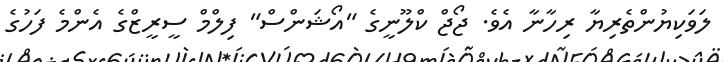
ލަވަކިޔުންތެރިޔާ ރިހާނާ އެވެ. ޖޯޖް ކްލޫނީގެ "އޯޝަންސް" ފިލްމް ސީރީޒްގެ އެންމެ ފަހުގެ